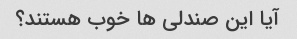
آیا این صندلی ها خوب هستند؟